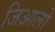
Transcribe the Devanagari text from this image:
जिआलो